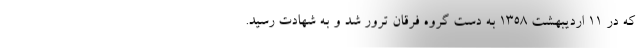
که در 11 اردیبهشت 1358 به دست گروه فرقان ترور شد و به شهادت رسید.